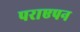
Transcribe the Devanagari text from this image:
पराएपन